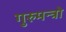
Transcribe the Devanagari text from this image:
गुरुमन्त्रो